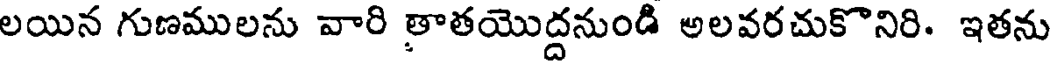
లయిన గుణములను వారి తాతయొద్దనుండి అలవరచుకొనిరి. ఇతను